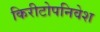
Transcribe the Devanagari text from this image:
किरीटोपनिवेश